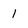
Character: 1